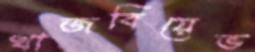
খাজবিয়েভ